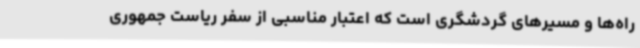
راه‌ها و مسیرهای گردشگری است که اعتبار مناسبی از سفر ریاست جمهوری